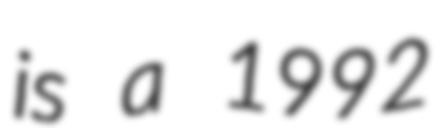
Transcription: is a 1992